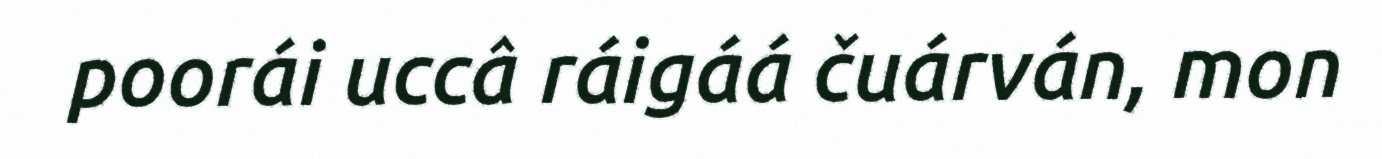
poorái uccâ ráigáá čuárván, mon